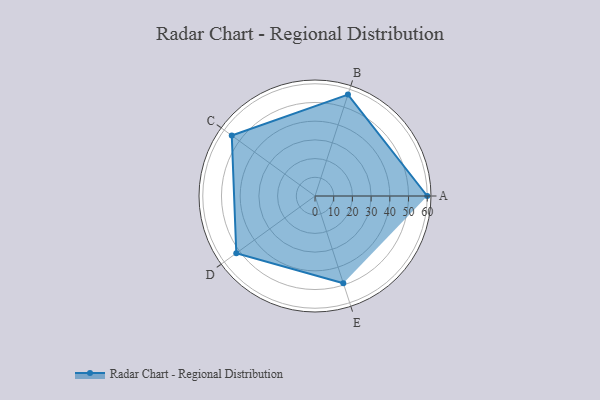
{"axis": {"x": "Skill", "y": "Score"}, "legend": ["Profile"], "data": [{"x": "A", "y": 60.0, "type": "Profile"}, {"x": "B", "y": 57.0, "type": "Profile"}, {"x": "C", "y": 55.0, "type": "Profile"}, {"x": "D", "y": 52.0, "type": "Profile"}, {"x": "E", "y": 49.0, "type": "Profile"}]}